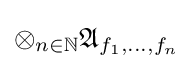
\otimes _{n\in \mathbb {N} }{\mathfrak {A}}_{f_{1},\dots ,f_{n}}